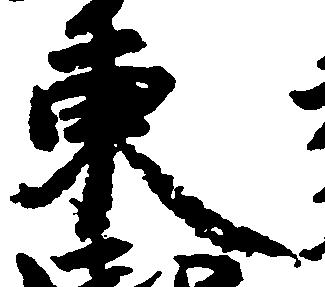
東